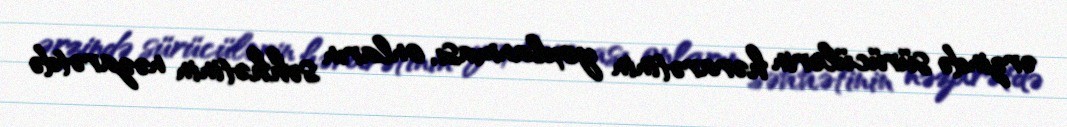
ərzində sürücülərin hərarətinin yoxlanması, onların səhhətinin nəzarətdə